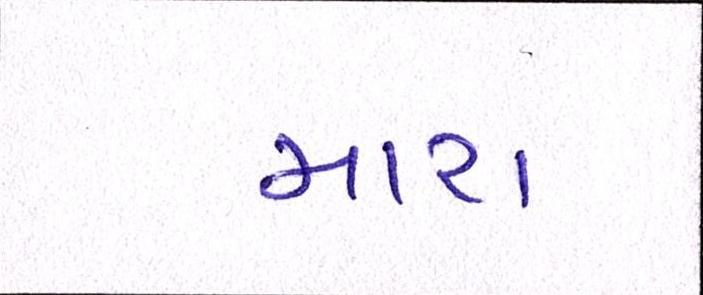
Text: મારા